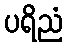
ပရိညံ